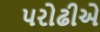
પરોઢીએ